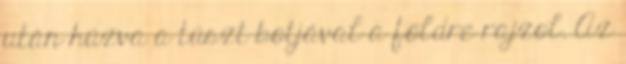
után húzva a túszt botjával a földre rajzol. Az